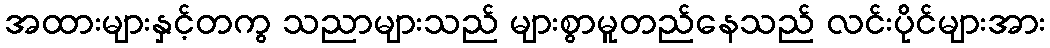
အထားများနှင့်တကွ သညာများသည် များစွာမူတည်နေသည် လင်းပိုင်များအား